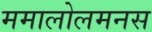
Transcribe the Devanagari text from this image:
ममालोलमनस